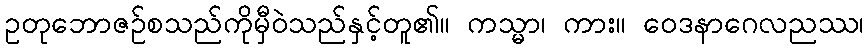
ဥတုဘောဇဉ်စသည်ကိုမှီဝဲသည်နှင့်တူ၏။ ကသ္မာ၊ ကား။ ဝေဒနာဂေလညဿ၊